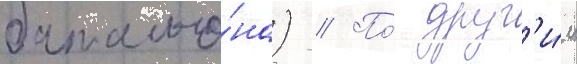
батальо́на) // По́ друг'и́м